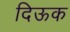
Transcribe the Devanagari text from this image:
दिऊक